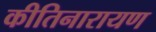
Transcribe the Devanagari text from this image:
कीतिनारायण